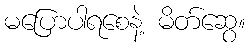
မပြောပါရစေနဲ့ မိတ်ဆွေ။